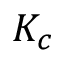
K _ { c }